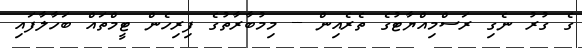
ގެ ގުރު ނެގި ރަސްމިއްޔާޓުގެ ތެރެއިން -- މިމުބާރާތުގެ ފިރިހެން ޓީމްތައް ބަހާލާފައި